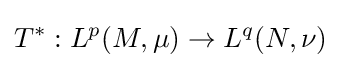
T^{*}:L^{p}(M,\mu )\to L^{q}(N,\nu )